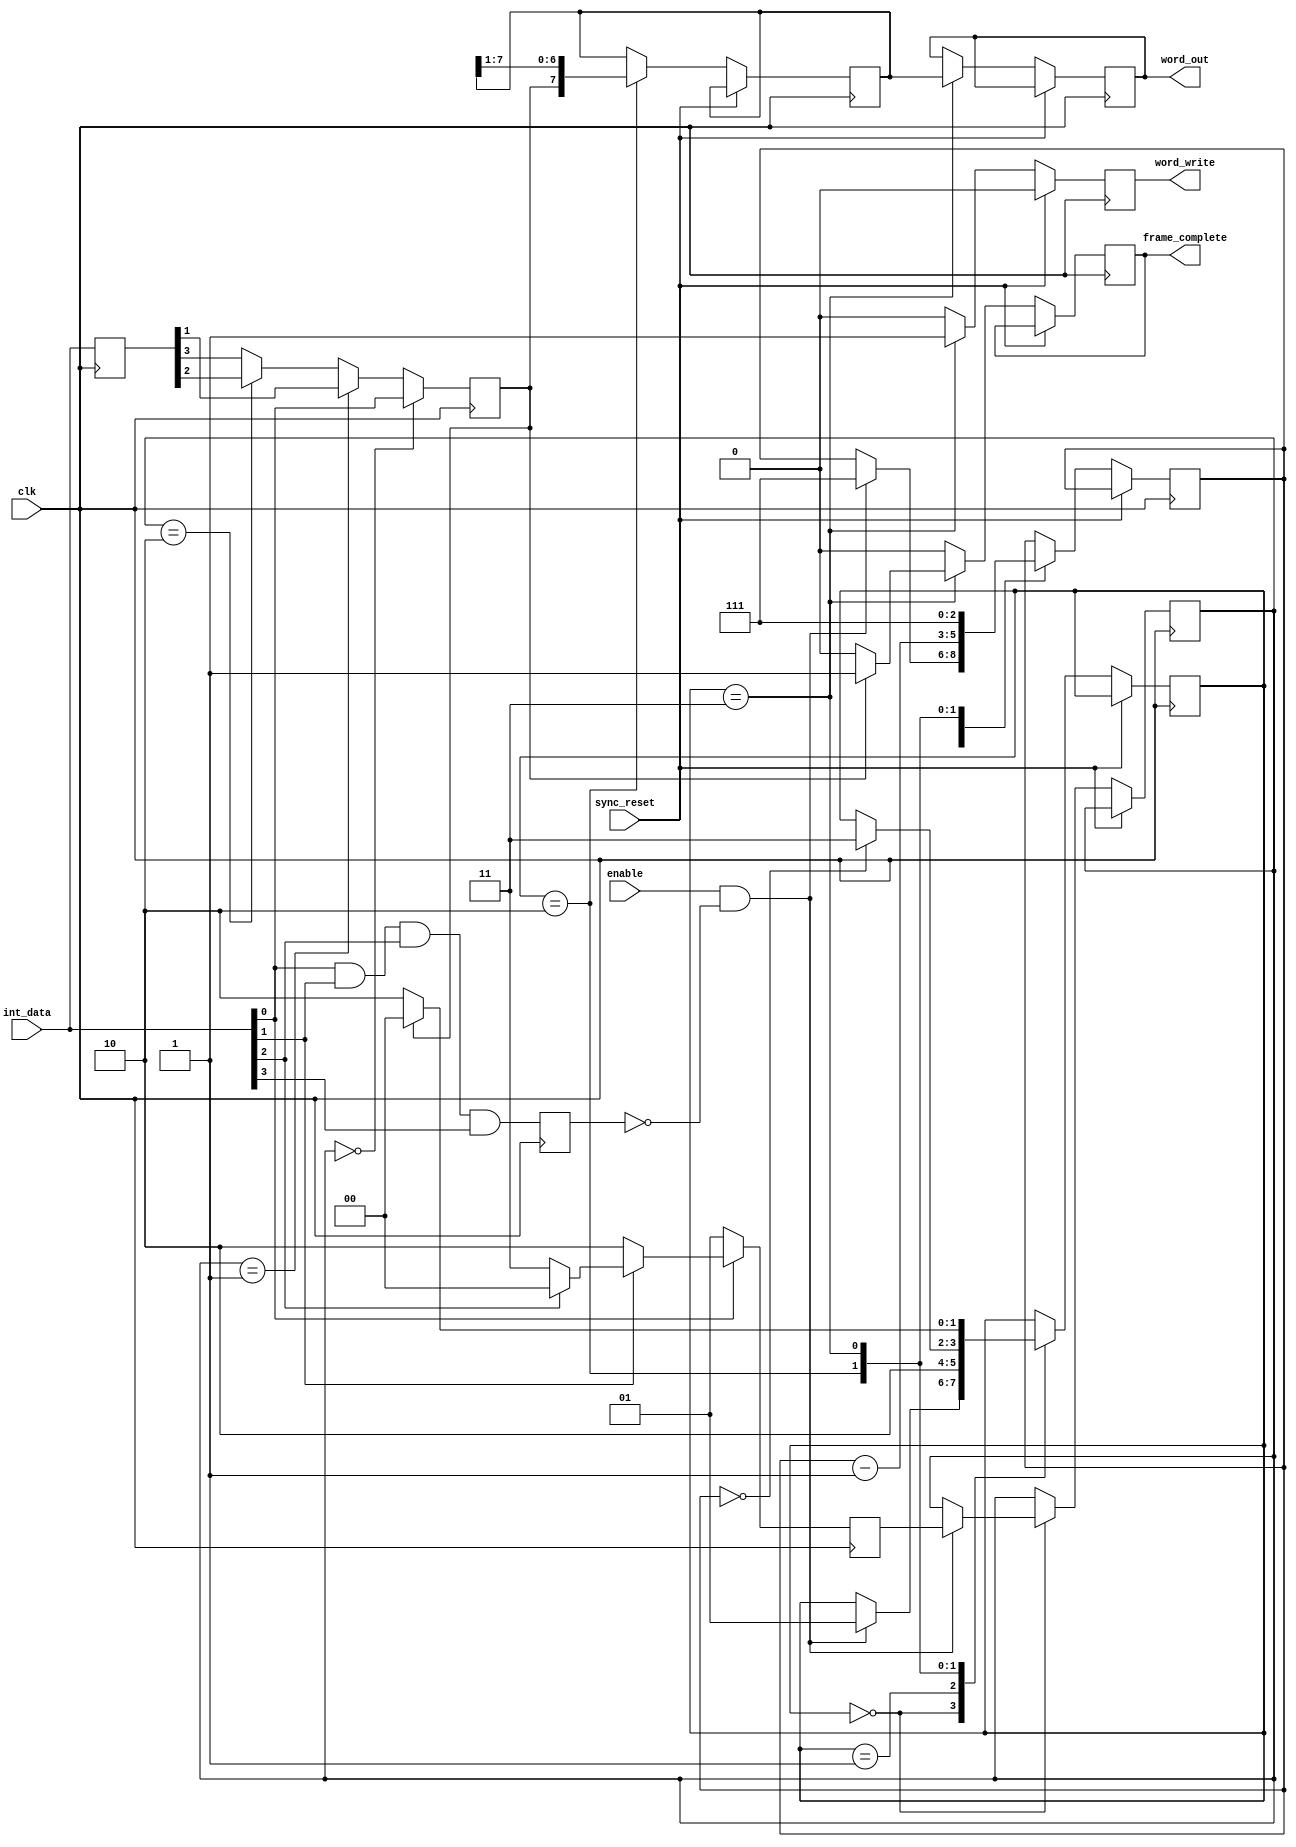
// 8b9b receiver based on an SDR ISERDES implementation
// First it is sync, then 8 data, if first bit is 1'b0 then another byte,
	// is present in the frame.
	// e.g.
	// 1111111 [0]XXXXXXXX [0]XXXXXXXX [1]
	// Would be a two-byte frame
	//
`timescale 1ns / 1ns

module oversampled_rx_8b9b #(
	parameter word_width=8
) (
	input clk,  // single clock domain here
	input sync_reset,
	input [3:0] int_data,
	input enable, // Enable input
	output reg [word_width-1:0] word_out, // Parallel data out
	output reg word_write,
	output reg frame_complete
);

reg int_bit=1'b0;
reg n_start_detect=0;
reg [3:0] r_int_data=4'b1111;
parameter IDLE=2'b00,ONCE=2'b01,RECEIVE=2'b10,COMMIT=2'b11;
reg [1:0] state=IDLE;
reg [1:0] int_latch_point=0, latch_point=0;
reg [word_width-1:0] int_result=0;
reg [2:0] bit_counter=0;

// int_data(0) is first to arrive, int_data(3) is last
always @(posedge clk) begin
	// Start is when the line goes low
	n_start_detect <= int_data[0]& int_data[1]&int_data[2]&int_data[3];
	// Based on the start detect point we step one cycle later in time and latch
	// there...
	int_latch_point <= ~int_data[0] ? 2'b01:
	~int_data[1] ? 2'b10:
	~int_data[2] ? 2'b11:
	2'b00;
// Retime to 'flatten' data into a single cycle as latch point "00" is a
// cycle out of time relative to the other three
r_int_data <= int_data ;
int_bit    <= latch_point==2'b00 ? int_data[0]:
	latch_point==2'b01 ? r_int_data[1]:
	latch_point==2'b10 ? r_int_data[2]:
	r_int_data[3];
end

always @(posedge clk)
begin
	if (sync_reset)  begin
		word_write <= 1'b0;
	end
	else begin
		word_write     <= 1'b0;
		frame_complete <= 1'b0;

		case (state)
			IDLE : begin// Check for start bit
				if ((enable) & (~n_start_detect)) begin
					latch_point <= int_latch_point;
					bit_counter <= $unsigned(word_width-1);//, next_highest_power_of_two(word_width));
					state       <= ONCE;
				end
			end
			ONCE: begin
				state <= RECEIVE;
			end
			RECEIVE: begin// Copy the bits into the receive register and shift// More efficient than using a counter index
				bit_counter <= bit_counter - 1;
				int_result  <= {int_bit , int_result[word_width-1:1]};
				if (bit_counter==0) begin
					state <= COMMIT;
				end
			end
			COMMIT:begin// Check to see if the frame is complete
				word_out   <= int_result;
				word_write <= 1'b1;// If the 9th bit is 1'b0 then the frame isn't complete
				bit_counter <= $unsigned(word_width-1);//, next_highest_power_of_two(word_width));
				state       <= RECEIVE;
				if (int_bit) begin
					state          <= IDLE;
					frame_complete <= 1'b1;
				end
			end
			default:
				state <= IDLE;
		endcase
	end
end
endmodule